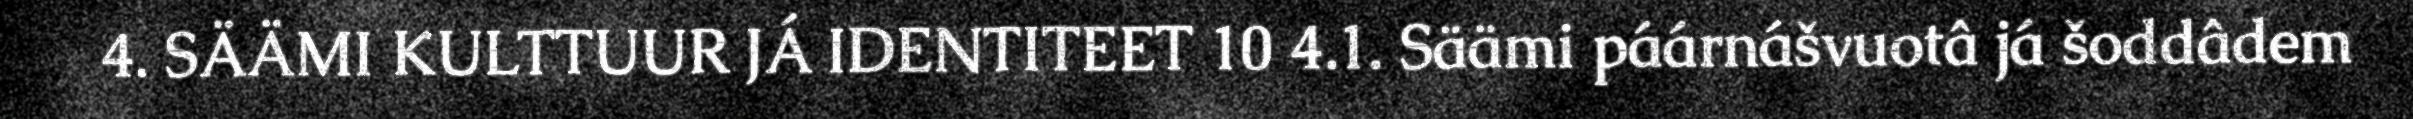
4. SÄÄMI KULTTUUR JÁ IDENTITEET 10 4.1. Säämi páárnášvuotâ já šoddâdem